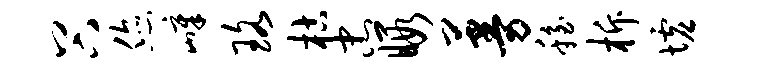
谷您嶂珞枯忠暇蔓稳柝墟